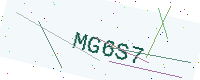
Text: MG6S7